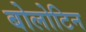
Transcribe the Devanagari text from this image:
बोलोटिन